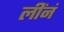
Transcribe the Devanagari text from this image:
लींनं